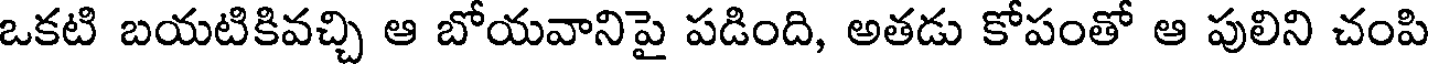
ఒకటి బయటికివచ్చి ఆ బోయవానిపై పడింది, అతడు కోపంతో ఆ పులిని చంపి